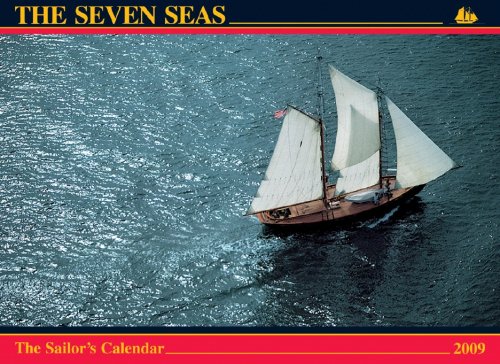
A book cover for The Seven Seas 2009: The Sailor's Calendar; Ferenc MÃ¡tÃ©; Calendars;